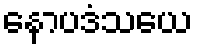
နောပဒံသယေ